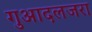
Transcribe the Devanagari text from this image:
गुआदलजरा